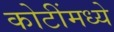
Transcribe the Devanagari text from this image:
कोटींमध्ये